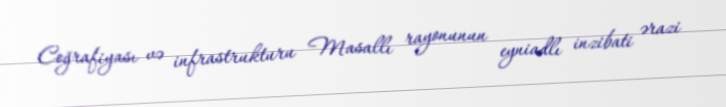
Coğrafiyası və infrastrukturu Masallı rayonunun eyniadlı inzibati ərazi